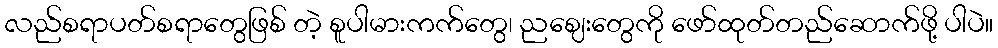
လည်စရာပတ်စရာတွေဖြစ် တဲ့ စူပါမားကက်တွေ၊ ညဈေးတွေကို ဖော်ထုတ်တည်ဆောက်ဖို့ ပါပဲ။